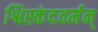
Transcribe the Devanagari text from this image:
श्विस्कंदवर्मन्